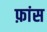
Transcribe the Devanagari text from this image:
फ़ांस